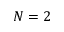
N = 2